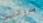
بروتين